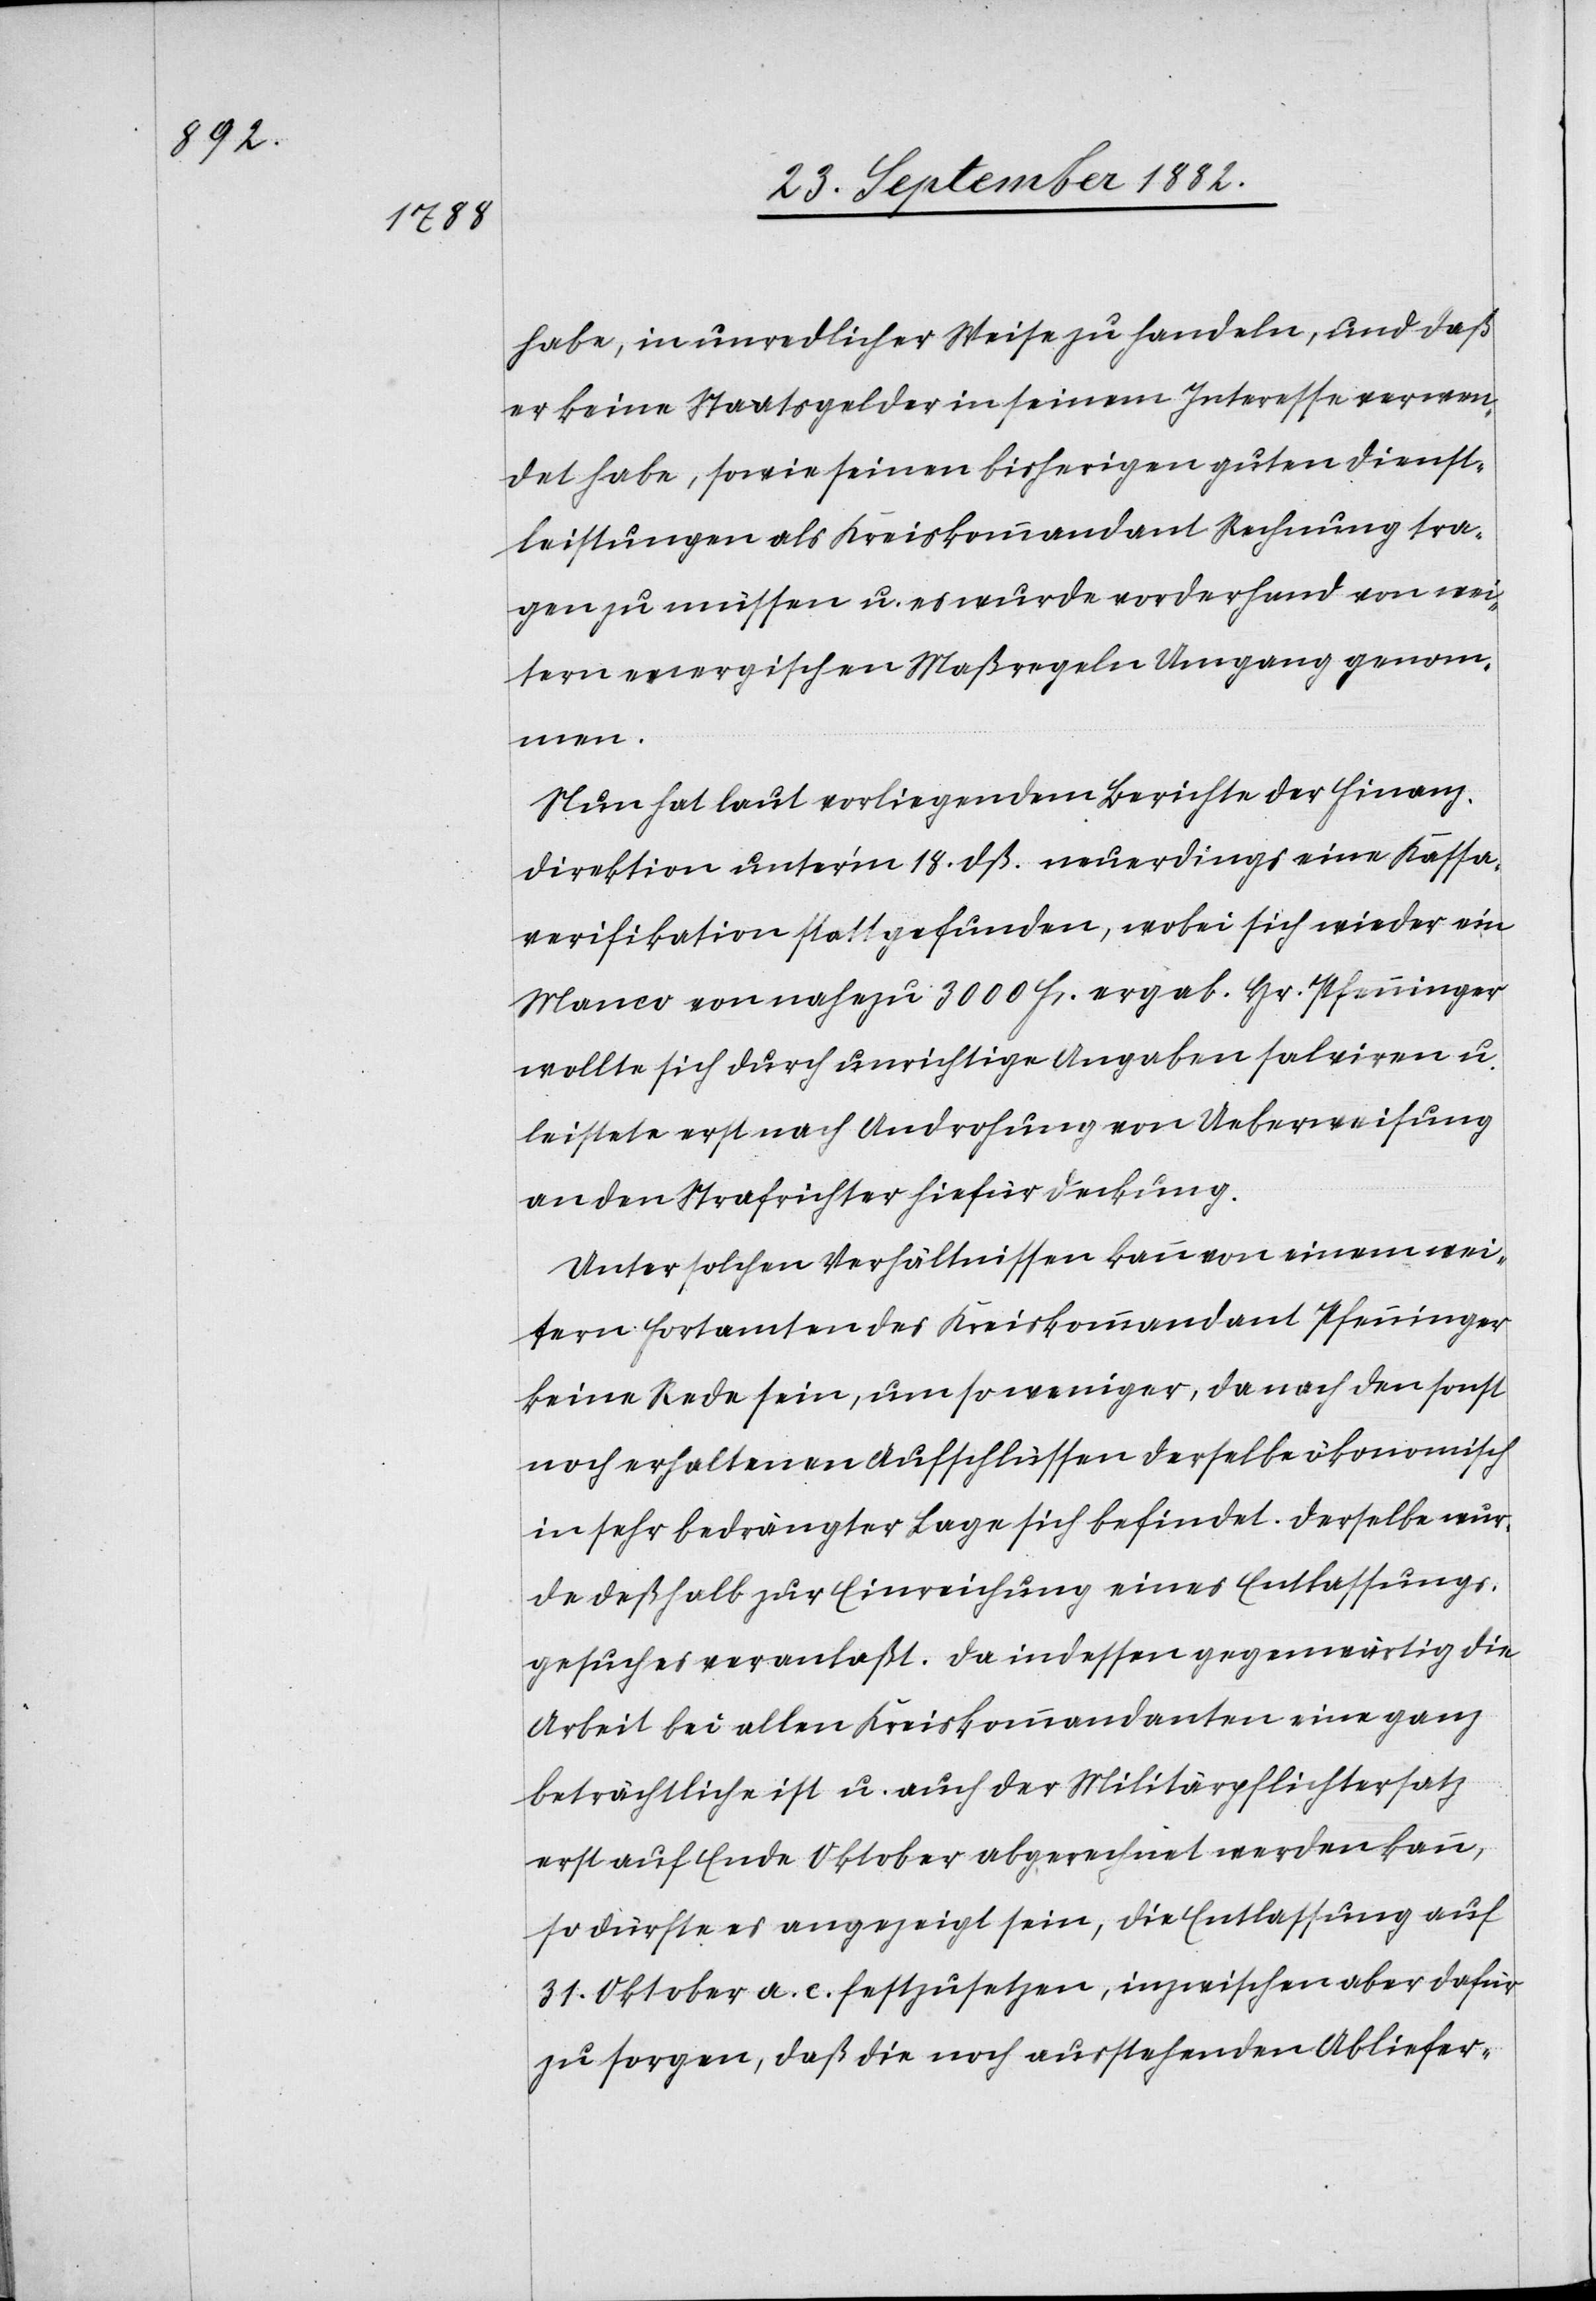
habe, in unredlicher Weise zu handeln, und daß
er keine Staatsgelder in seinem Interesse verwen¬
det habe, sowie seinen bisherigen guten Dienst¬
leistungen als Kreiskommandant Rechnung tra¬
gen zu müssen u. es wurde vorderhand von wei¬
tern energischen Maßregeln Umgang genom¬
men.
Nun hat laut vorliegendem Bericht der Finanz¬
direktion unter’m 18. dß. neuerdings eine Kassa¬
verifikation stattgefunden, wobei sich wieder ein
Manco von nahezu 3000 Fr. ergab. Hr. Pfenninger
wollte sich durch unrichtige Angaben salviren u.
leistete erst nach Androhung von Ueberweisung
an den Strafrichter hiefür Deckung.
Unter solchen Verhältnissen kann von einem wei¬
tern Fortamten des Kreiskommandant Pfenninger
keine Rede sein, um so weniger, da nach den sonst
noch erhaltenen Aufschlüssen derselbe ökonomisch
in sehr bedrängter Lage sich befindet. Derselbe wur¬
de deßhalb zur Einreichung eines Entlassungs¬
gesuches veranlaßt. Da indessen gegenwärtig die
Arbeit bei allen Kreiskommandanten eine ganz
beträchtliche ist u. auch der Militärpflichtersatz
erst auf Ende Oktober abgerechnet werden kann,
so dürfte es angezeigt sein, die Entlassung auf
31. Oktober a. c. festzusetzen, inzwischen aber dafür
zu sorgen, daß die noch ausstehenden Abliefer-